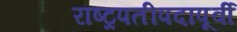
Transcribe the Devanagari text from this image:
राष्ट्रपतीपदापूर्वी